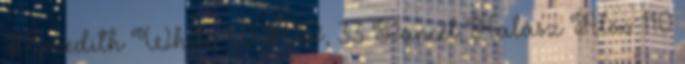
Meredith White: 50 HP, 33 Páncél Halász Alex: 110